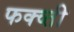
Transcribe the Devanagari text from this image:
फक्व्ती